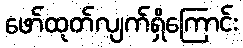
ဖော်ထုတ်လျက်ရှိကြောင်း